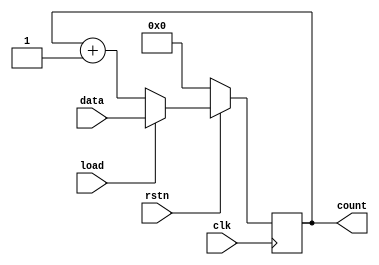
module binary_up_counter(data,load,clk,rstn,count);

input [3:0] data;
input load,clk,rstn;
output reg [3:0] count;

always@(posedge clk)

begin

if(~rstn)
count <= 4'd0;

else if(load)
count <= data;

else
count <= count+1'b1;

end

endmodule